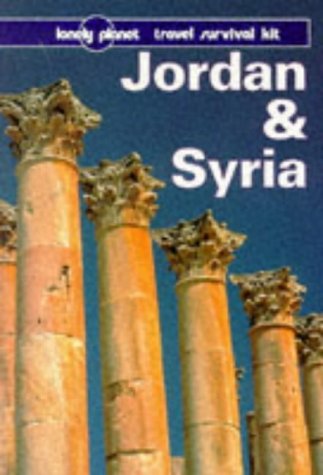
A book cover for Lonely Planet Jordan and Syria (3rd ed); Damien Simonis; Travel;